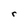
Character: r